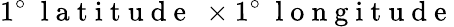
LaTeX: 1^{\circ}\ \mathrm{~l~a~t~i~t~u~d~e~}\ \times 1^{\circ}\ \mathrm{~l~o~n~g~i~t~u~d~e~}